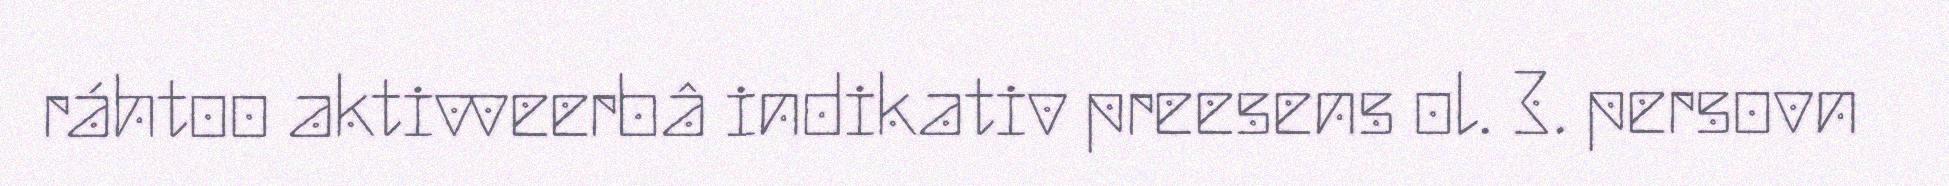
ráhtoo aktivveerbâ indikativ preesens ol. 3. persovn